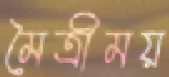
মৈত্রীময়